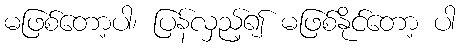
မဖြစ်တော့ပါ၊ ပြန်လှည့်၍ မဖြစ်နိုင်တော့ ပါ